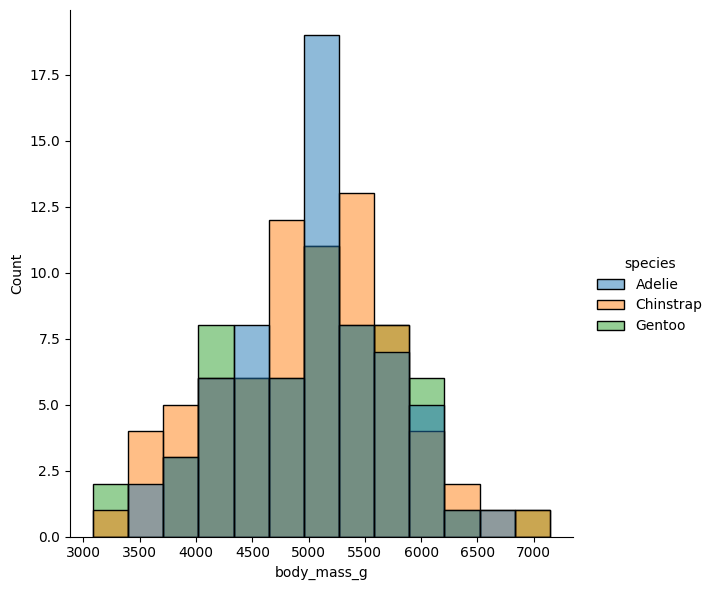
python, seaborn, displot, kind='hist', column='body_mass_g', hue='species', height=6, aspect=1.0